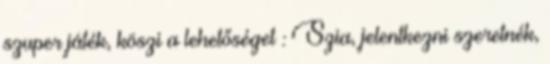
szuper játék, köszi a lehetőséget : Szia, jelentkezni szeretnék,